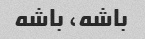
باشه، باشه